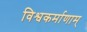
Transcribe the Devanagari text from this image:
विश्वकर्माणाम्